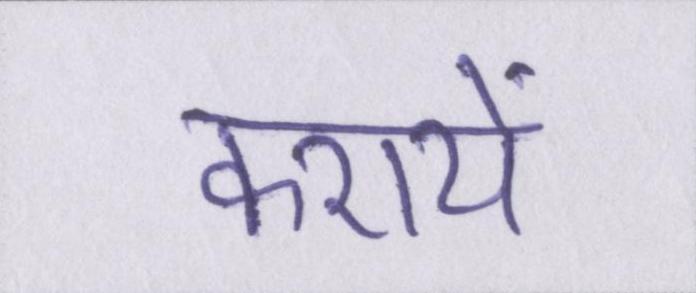
करायें